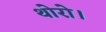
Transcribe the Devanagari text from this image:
थोरो।